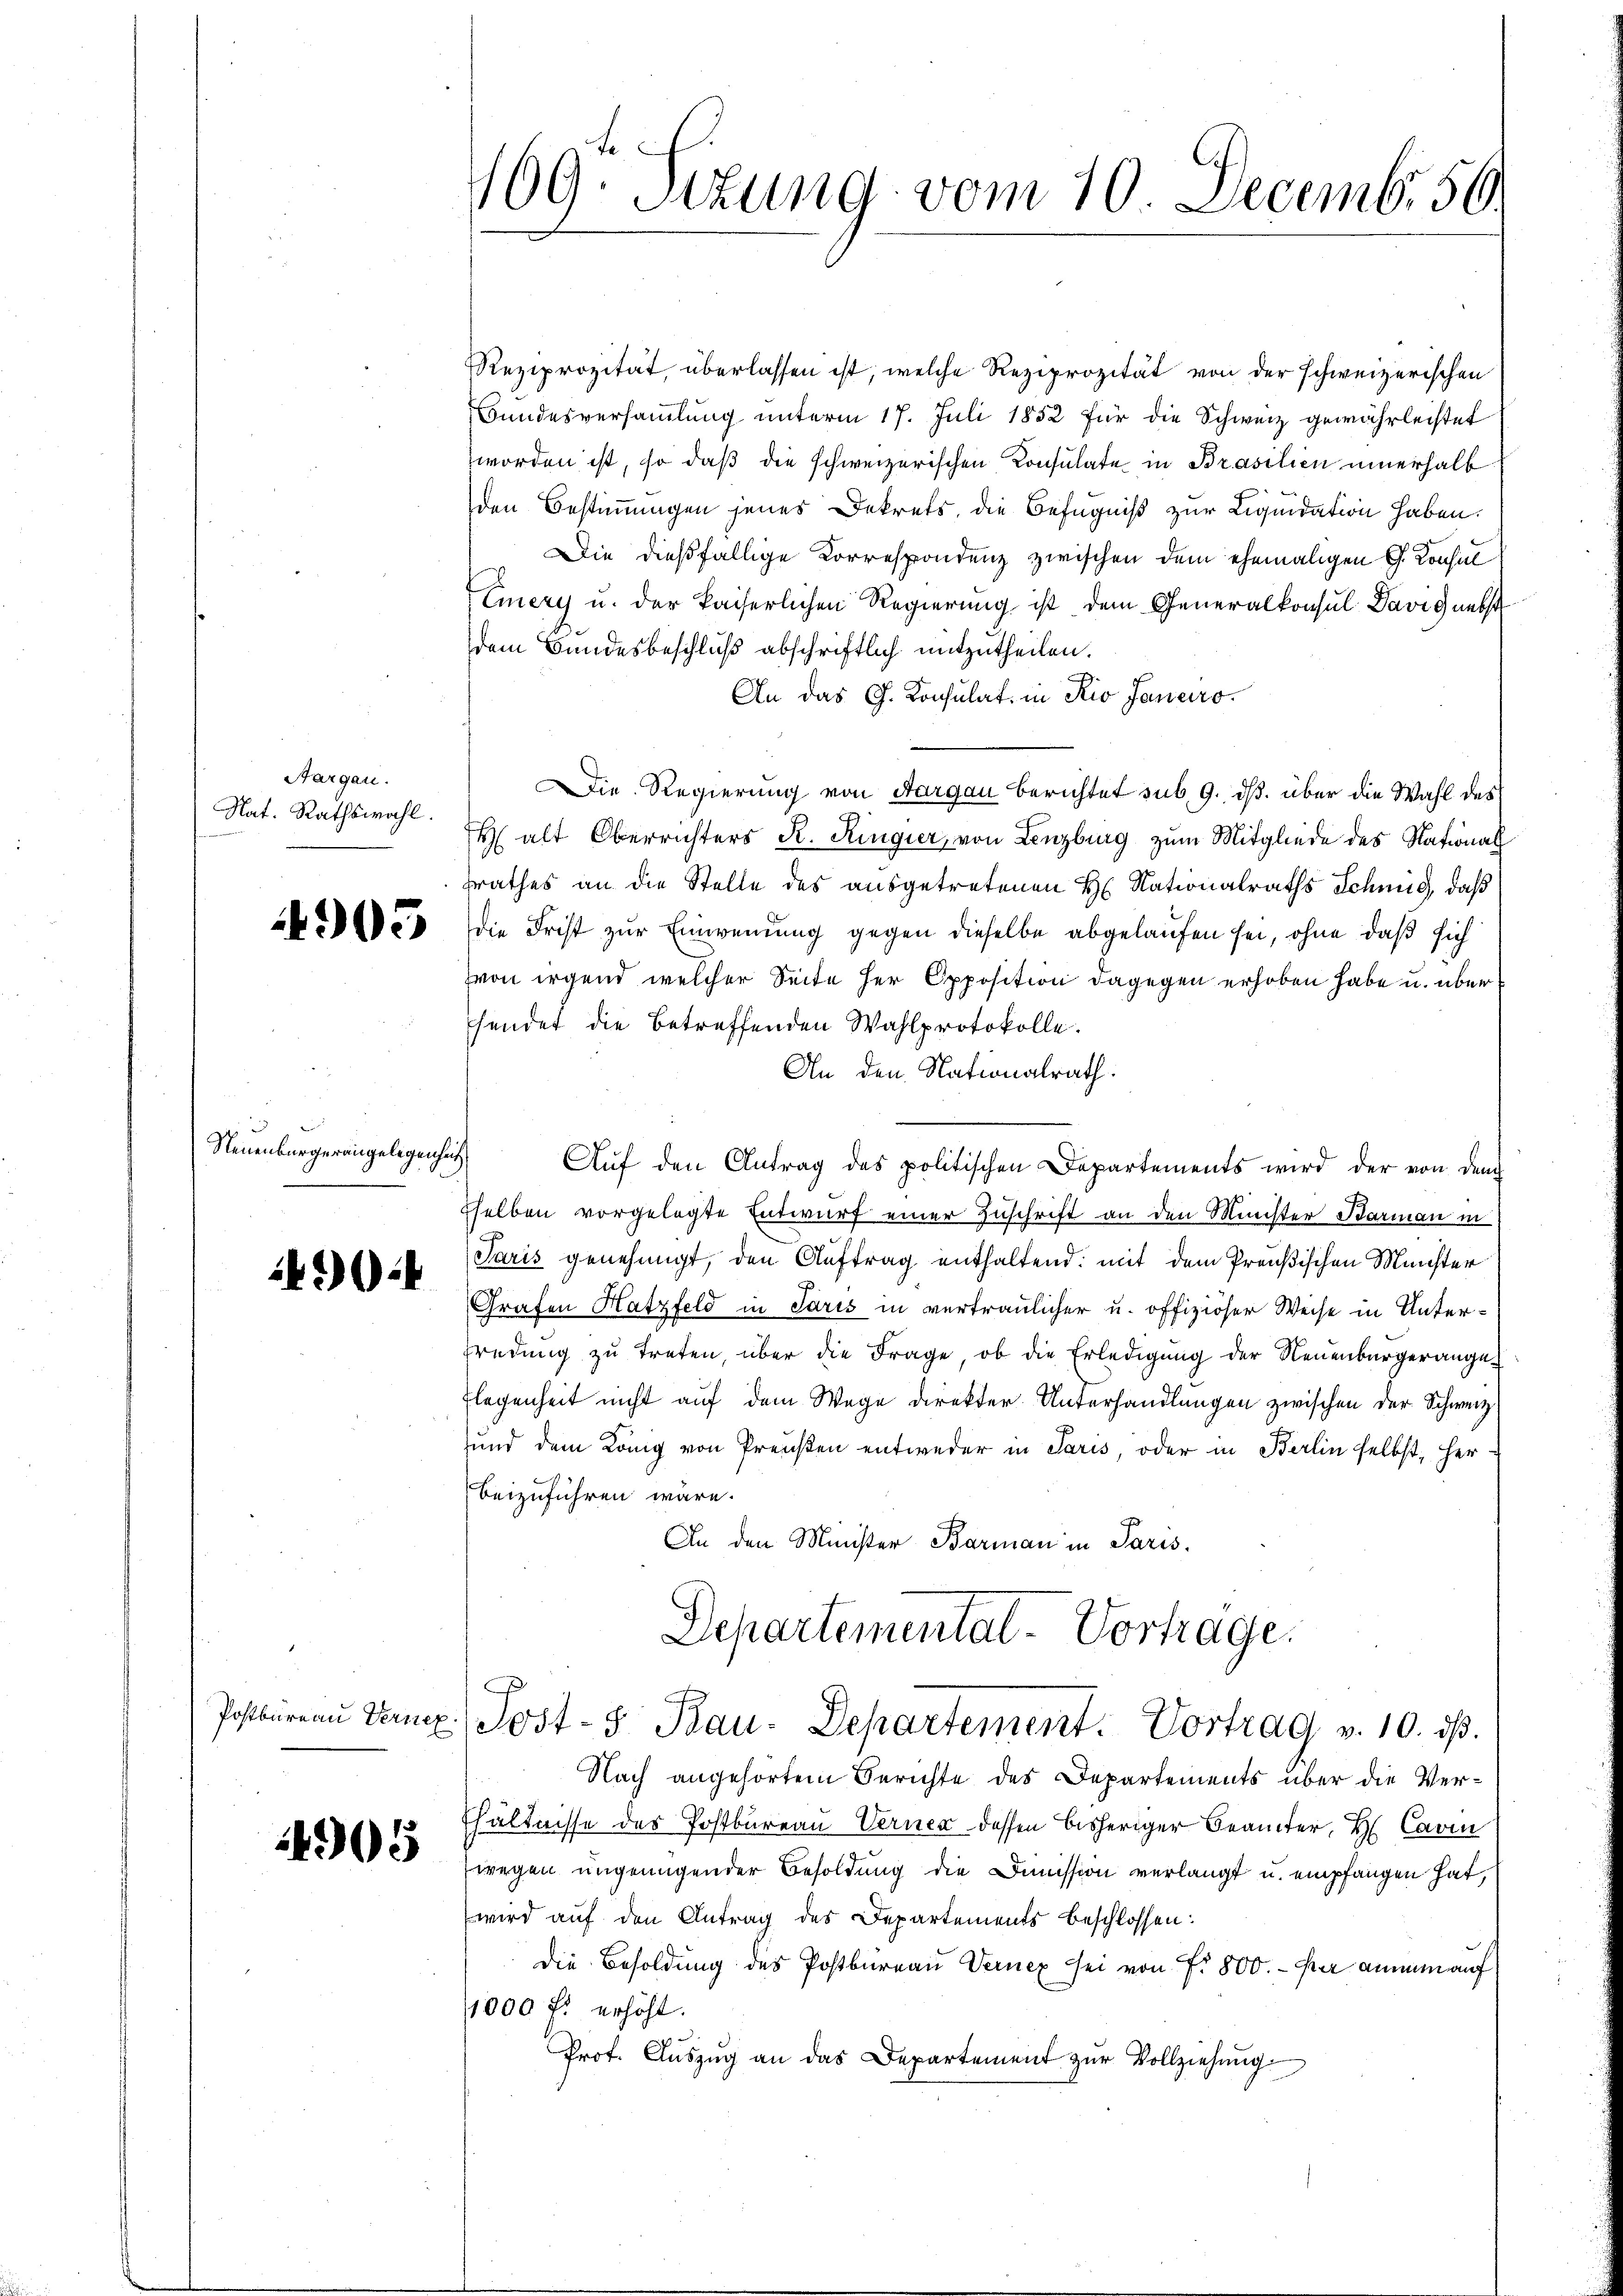
Aargau.
Nat. Rathswahl.

4905

Neuenburgerangelegenheit

43044

4905

Reziprozität, überlassen ist, welche Reziprozität von der schweizerischen
Bundesversammlung unterm 17. Juli 1852 für die Schweiz gewährleistet
worden ist, so daß die schweizerischen Consulate in Brasilien innerhalb
den Bestimmungen jenes Dekrets, die Befugniß zur Liquidation haben.
Die dießfällige Korrespondenz zwischen dem ehemaligen G. Konsul
Emery u. der kaiserlichen Regierung ist dem Generalkonsul Davignet
dem Bundesbeschluß abschriftlich mitzutheilen.
An das Ch. Konsulat in Rio Janeiro
Die Regierung von Aargau berichtet sub. 9. ds. über die Wahl des
 alt Oberrichters R. Ringier, von Lenzburg zum Mitgliede des Nationatrathes an die Stelle des ausgetretenen H. Nationalraths Schmid, daß
die Frist zur Einwendung gegen dieselbe abgelaufen sei, ohne daß sich
von irgend welcher Seite her Opposition dagegen erhoben habe u. über
sendet die betreffenden Wahlprotokolle.
An den Nationalrath.
Aŭf den Antrag des politischen Departements wird der von dem
selben vorgelegte Entwurf einer Zuschrift an den Minister Barmann in
Paris genehmigt, den Auftrag enthaltend: mit dem Preußischen Münchter
Grafen Hatzfeld in Paris in vertraulicher u. offiziöser Weise in Unterredung zu treten, über die Frage, ob die Erledigung der Neuenburgerange¬
Flegenheit nicht auf dem Wege direkter Unterhandlungen zwischen der Schweiz.
sund dem König von Preußen entweder in Paris, oder in Berlin selbst, herbeizuführen wäre.
An den Minister Barmann in Paris.
Departementat-Vortrage.
Postbüreau Temp. Post- 5. Rau. Departement. Vortrag v. 10. ds.
Nach angehörtem Berichte des Departements über die Ver¬
Ehältnisse des Postbureau Verner dessen bisheriger Beamter, H. Cavin
wegen ungenügender Besoldung die Dimission verlangt u. empfangen hat,
wird auf den Antrag des Departements beschlossen:
Die Besoldung des Postbureau Vernex sei von Fr. 800. - Par ammen auf
1000 fl erhöht.
Prof. Auszug an das Departement zur Vollziehung

109. Situng vom 10. Decemb. 56.